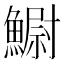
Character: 䲁